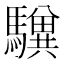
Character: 𩦸